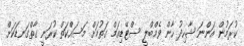
ކުރަމުން އަންނަ ޝާހިދު ހާން ވެމްބްލީ ސްޓޭޑިއަމް ގަތުމަށް މަސައްކަތް ކުރަނީ ގާތްގަނޑަކަށް